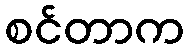
စင်တာက